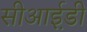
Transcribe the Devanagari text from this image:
सीआई़डी